Lunatic asylums Punjab 1881-1894 - 1881-1894
Year: 1881
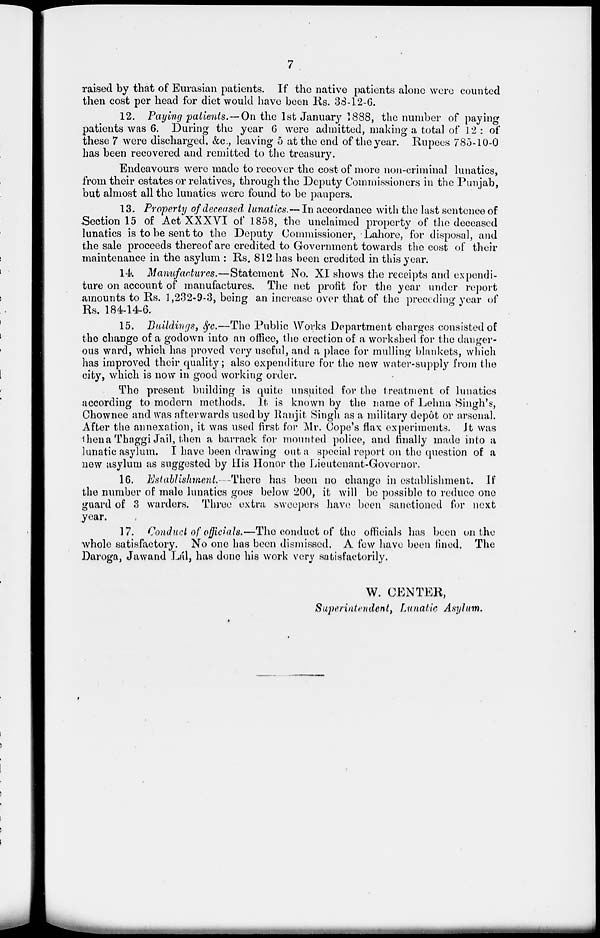
7
raised by that of Eurasian patients. If the native patients alone were counted
then cost per head for diet would have been Rs. 38-12-6.
12. Paying patients.—On the 1st January 1888, the number of paying
patients was 6. During the year 6 were admitted, making a total of 12 : of
these 7 were discharged, &c, leaving 5 at the end of the year. Rupees 785-10-0
has been recovered and remitted to the treasury.
Endeavours were made to recover the cost of more non-criminal lunatics,
from their estates or relatives, through the Deputy Commissioners in the Punjab,
but almost all the lunatics were found to be paupers.
13. Property of deceased lunatics.— In accordance with the last sentence of
Section 15 of Act XXXVI of 1858, the unclaimed property of the deceased
lunatics is to be sent to the Deputy Commissioner, Lahore, for disposal, and
the sale proceeds thereof are credited to Government towards the cost of their
maintenance in the asylum : Rs. 812 has been credited in this year.
14. Manufactures.—Statement No. XI shows the receipts and expendi-
ture on account of manufactures. The net profit for the year under report
amounts to Rs. 1,232-9-3, being an increase over that of the preceding year of
Rs. 184-14-6.
15. Buildings, &c.—The Public Works Department charges consisted of
the change of a godown into an office, the erection of a workshed for the danger-
ous ward, which has proved very useful, and a place for mulling blankets, which
has improved their quality; also expenditure for the new water-supply from the
city, which is now in good working order.
The present building is quite unsuited for the treatment of lunatics
according to modern methods. It is known by the name of Lehna Singh's,
Chownee and was afterwards used by Ranjit Singh as a military depôt or arsenal.
After the annexation, it was used first for Mr. Cope's flax experiments. It was
then a Thaggi Jail, then a barrack for mounted police, and finally made into a
lunatic asylum. I have been drawing out a special report on the question of a
new asylum as suggested by His Honor the Lieutenant-Governor.
16. Establishment—There has been no change in establishment. If
the number of male lunatics goes below 200, it will be possible to reduce one
guard of 3 warders. Three extra sweepers have been sanctioned for next
year.
17. Conduct of officials.—The conduct of the officials has been on the
whole satisfactory. No one has been dismissed. A few have been fined. The
Daroga, Jawand Lál, has done his work very satisfactorily.
W. CENTER,
Superintendent, Lunatic Asylum.